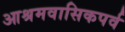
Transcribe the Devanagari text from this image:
आश्रमवासिकपर्व